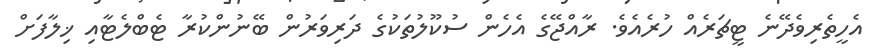
އެހީތެރިވެދޭނެ ޓީޗަރެއް ހުރެއެވެ. ރާއްޖޭގެ އެހެން ސުކޫލުތަކުގެ ދަރިވަރުން ބޭނުންކުރާ ޓެބްލެޓާއި ޚިލާފަށް